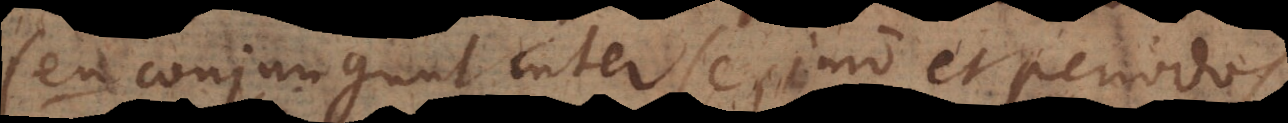
seu conjungunt inter se, imo et periodos.